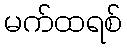
မက်ထရစ်